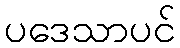
ပဒေသာပင်